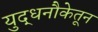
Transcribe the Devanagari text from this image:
युद्धनौकेतून